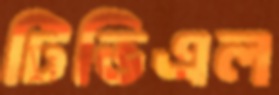
টিভিএল